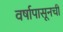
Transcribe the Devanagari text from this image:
वर्षापासूनची